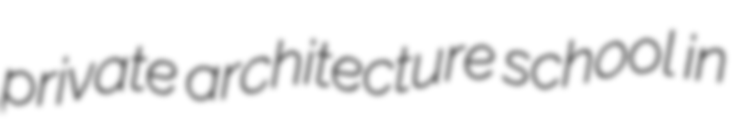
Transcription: private architecture school in